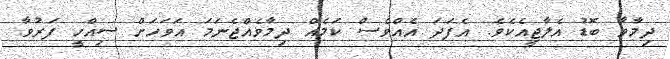
ދިމާވާ ބޮޑު އެލާޖީއެކެވެ. އެފަދަ އެއްވެސް ކަމެއް ދިމާވެއްޖެނަމަ އަވަހަށް ސިއްހީ ފަރުވާ